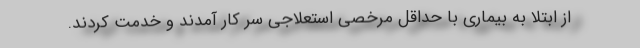
از ابتلا به بیماری با حداقل مرخصی استعلاجی سر کار آمدند و خدمت کردند.